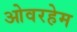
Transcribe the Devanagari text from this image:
ओवरहेम